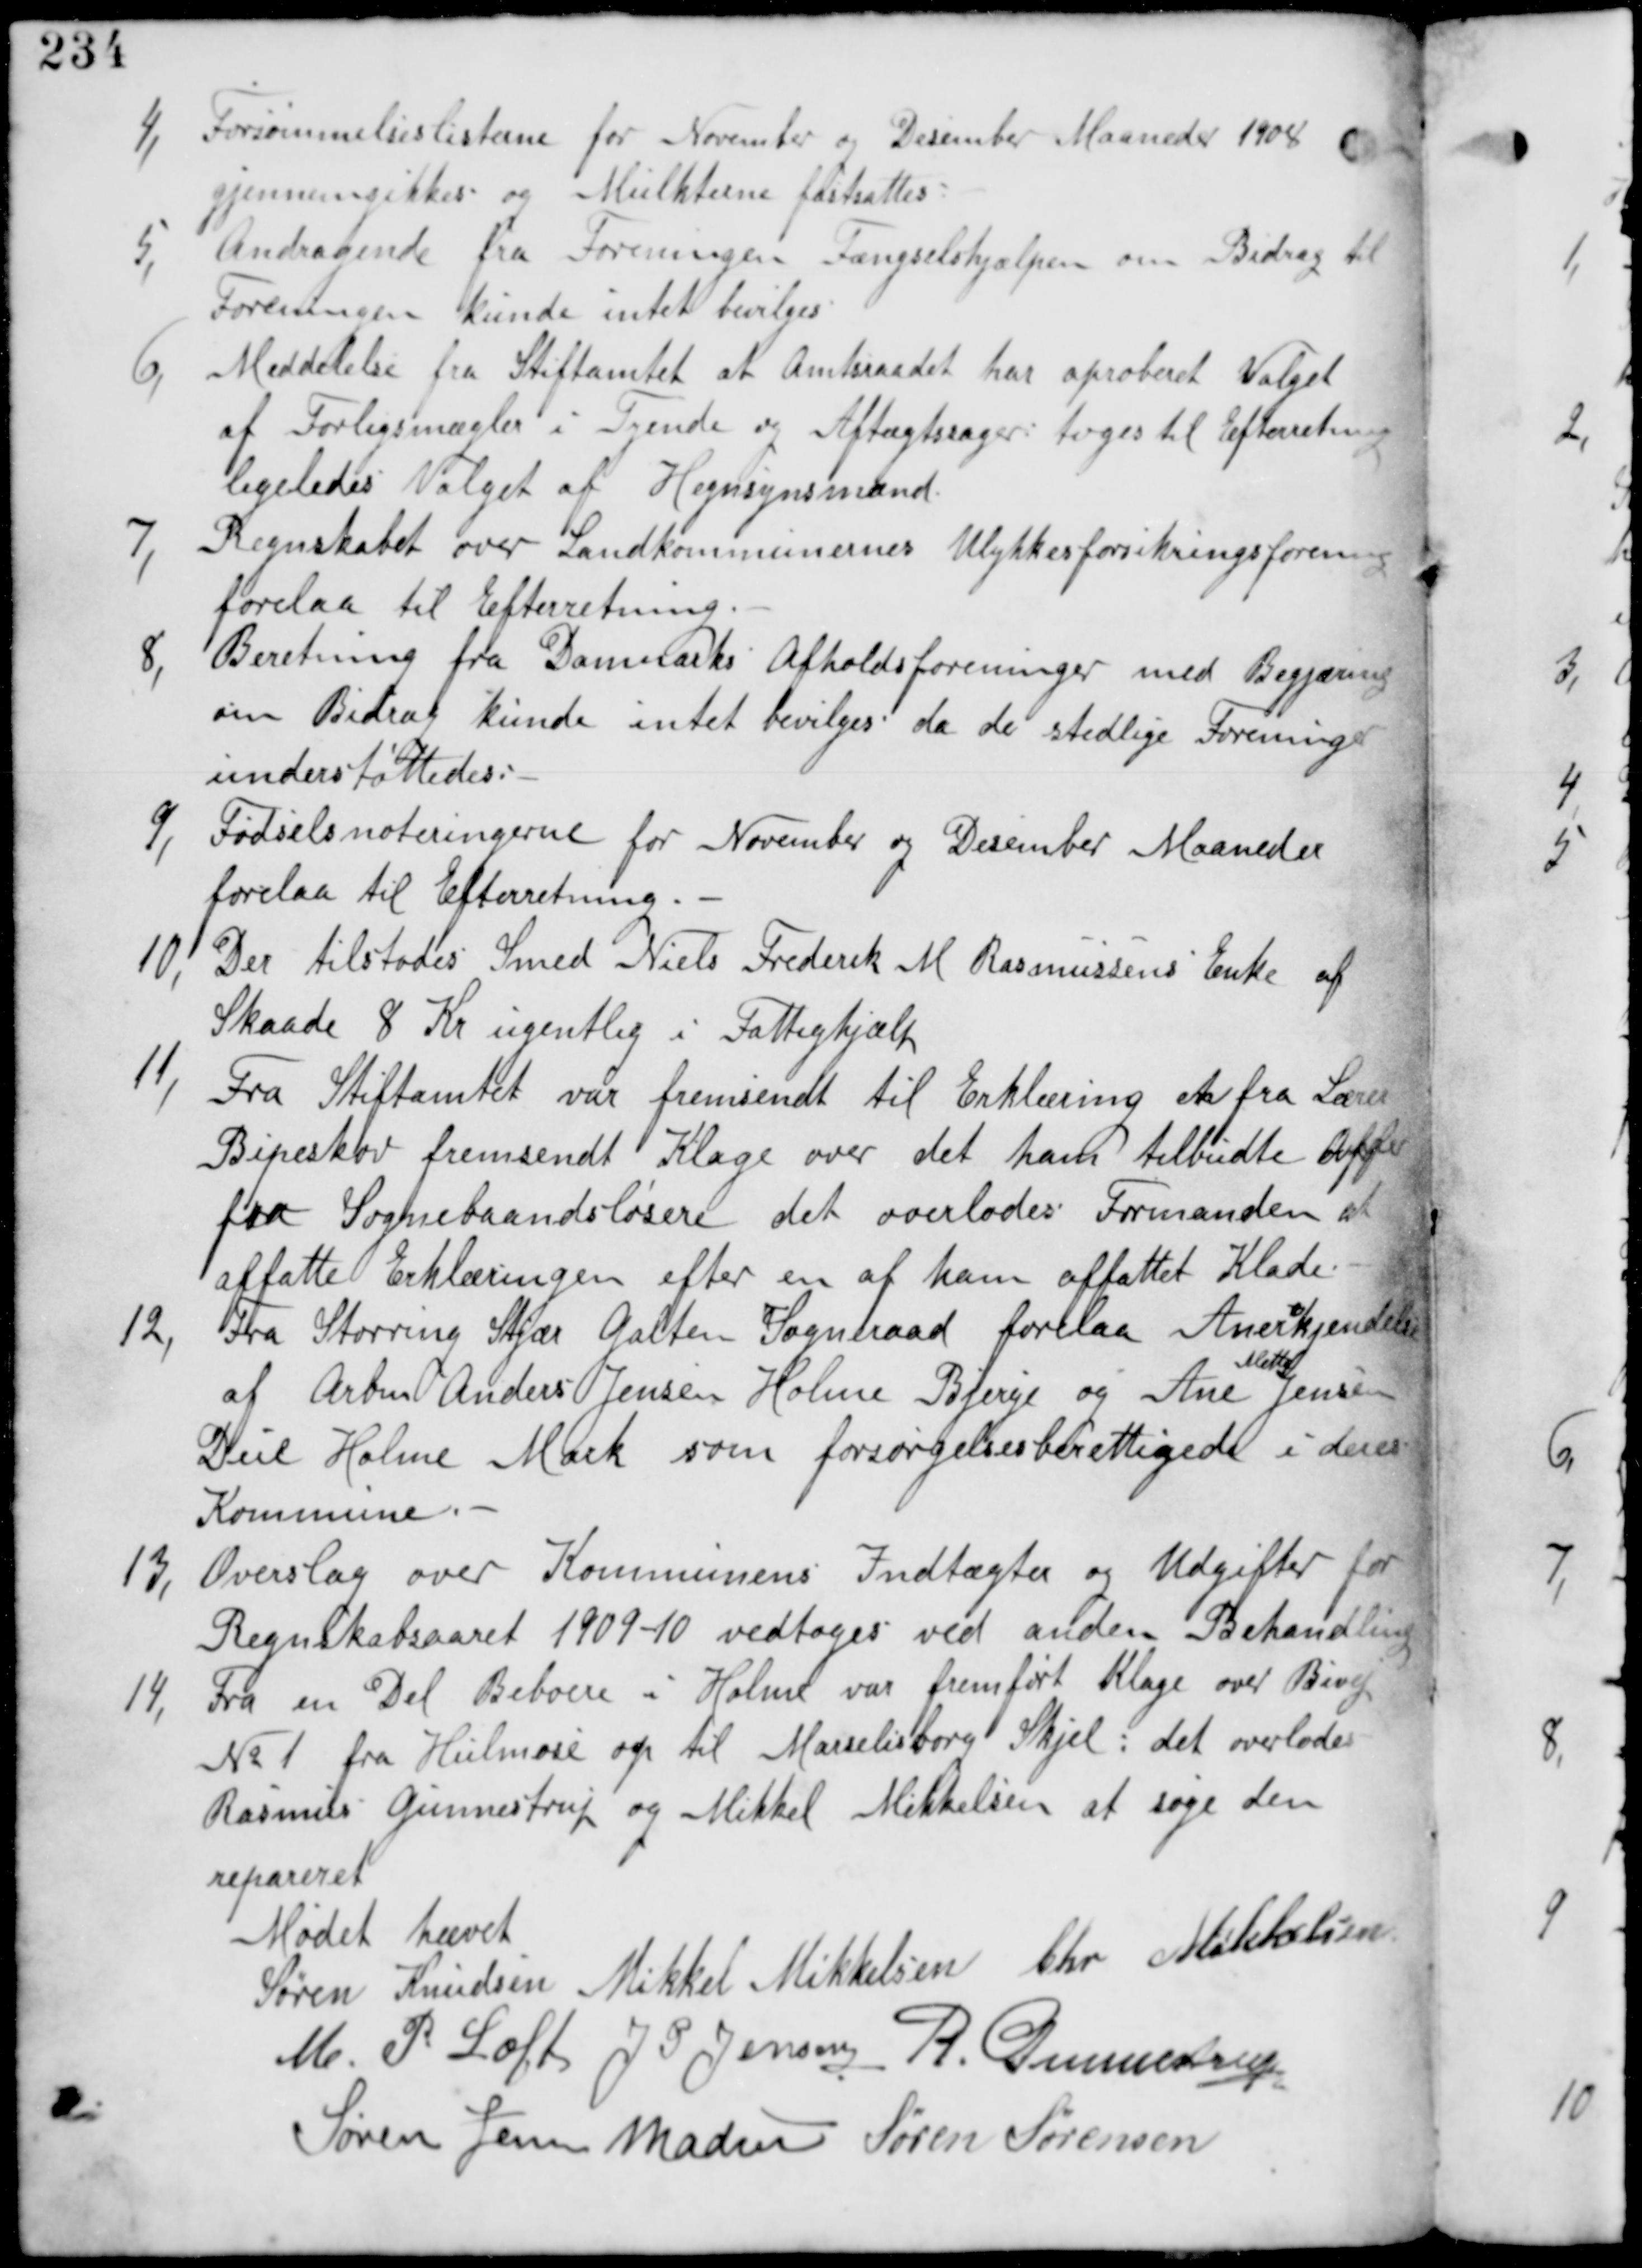
Transskription:
4, Forsømmelseslisterne for November og Desember 1908
gjennemgikkes og Multkterne fastsattes.

5,
Andragende fra Foreningen Fængselshjælpen om Bidrag til
Foreningen kunde intet bevilges.

6, Meddelelse fra Stiftamtet at Amtsraadet har aproberet Valget
af Forligsmægler i Tyende og Aftægtssager tages til Efterretning
ligeledes Valget af Hegnsynsmænd.

7,
Regnskabet over Landkommunernes Ulykkesforsikringsforening
forelaa til Efterretning.

8, Beretning fra Danmarks Afholdsforeninger med Begjæring
om Bidrag kunne ikke bevilges da de stedlige Foreninger
understøttedes.

9, Fødselsnoteringerne for November og December Maaneder
forelaa til Efterretning.

10, Der tilstodes Smed Niels Frederik M Rasmussens Enke af
Skaade 8 Kr ugentlig i Fattighjælp.

11,
Fra Stiftamtet var fremsendt til Erklæring en fra Lærer
Bispeskov fremsendt Klage over det ham tilbudte Offer
fra Sognebaandsløsere det overlades Formanden at
affatte Erklæringen efter en af ham affattet Klade.

12, Fra Storring Stjær Galten Sogneraad forelaa Anerkjendelse
af Arbm Anders Jensen Holme Bjerge og Ane
Mette
Jensen
Deil Holme Mark som forsørgelsesberettigede i deres
Kommune.-

13, Overslag over Kommunens Indtægter og Udgifter for
Regnskabsaareet 1909-10 vedtages ved anden Behandling.

14, Fra en Del Beboere i Holme var fremført Klage over Bivej
No 1 fra Hulmose op til Marselisborg Skjel: det overlades
Rasmus Gunnestrup og Mikkel Mikkelsen at søge dden
repareret.

Mødet hævet
Søren Knudsen Mikkel Mikkelsen Chr Mikkelsen
M P Loft J P Jensen R Gunnestrup
Søren Jensen Madsen Søren Sørensen